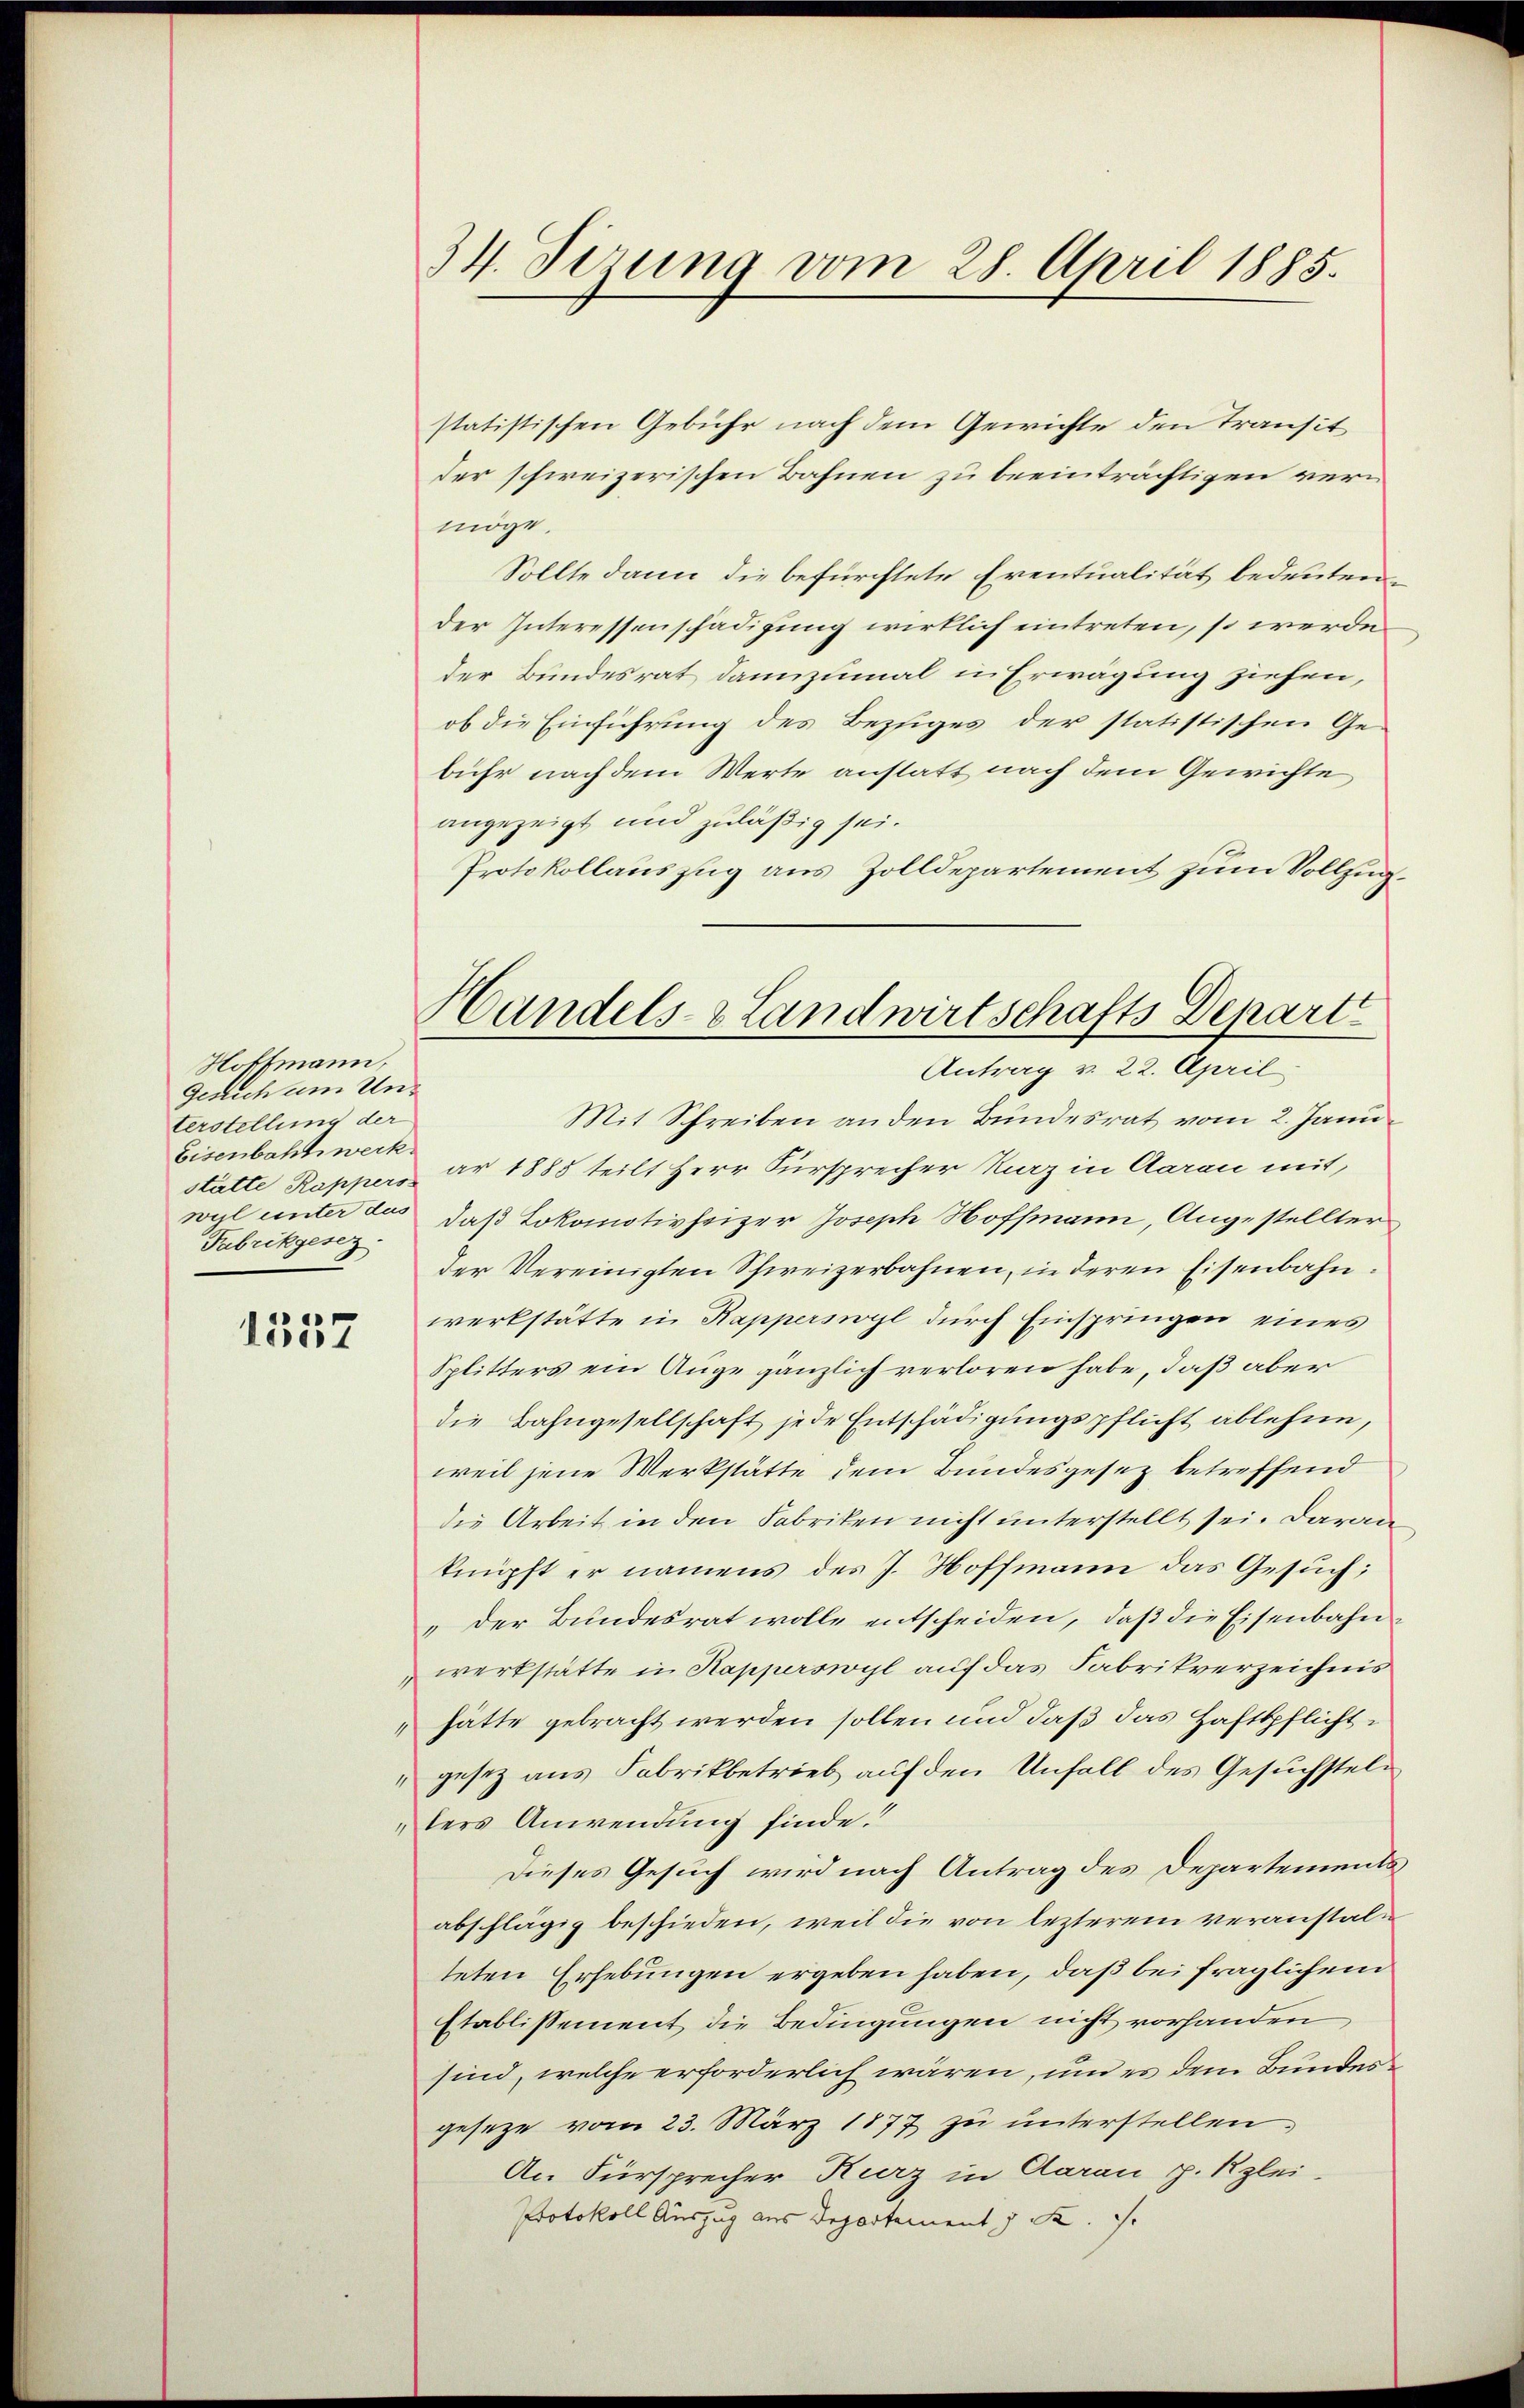
Hoffmann,
Gerich am Unterstellung der
Eisenbahnwerk.
wyl unter das
Fabrikgesez

1357

34. Sizung vom 28. April 1885.

Handels- & Landwirtschafts Depart
Antrag v. 22. April

statistischen Gebühr nach dem Gewichte den Transit
der schweizerischen Bahnen zu beeinträchtigen vern
möge.
Sollte dann die befürchtete Eventualität bedeuten,
der Interessenschädigung wirklich eintreten, so werde
der Bundesrat dannzumal in Erwägung ziehen,
ob die Einführung des Beziges der statistischen Gebühr nach dem Werte anstatt nach dem Gewichte
angezeigt und zuläßig sei.
Protokollauszug aus Zolldepartement zum Vollzug.
Mit Schreiben an den Bundesrat vom 2. Janu
stätte Rappers ar 1885 teilt Herr Fürsprecher Marz in Aarau mit,
daß Lokomotivheizer Joseph Hoffmann, Angestellter
der Vereinigten Schweizerbahnen, in deren Eisenbahn.
werkstätte in Rapperswyl durch Einspringen eines
Splitters ein Auge gänzlich verloren habe, daß aber
die Bahngesellschaft jede Entschädigungspflicht ablehne,
weil jene Werkstätte dem Bundesgesez betreffend
die Arbeit in den Fabriken nicht unterstellt sei. Daran
knüpft er namens des J. Hoffmann das Gesuch:
„der Bundesrat wolle entscheiden, daß die Eisenbahn
werkstätte in Kapperswyl auf das Fabrikverzeichnis
hätte gebracht werden sollen und daß das Haftspflichtgesetz aus Fabrikbetrieb auf den Unfall des Gesuchstellers Anwendung finde.“
Dieses Gesuch wird nach Antrag des Departementsabschlägig beschieden, weil die von lezterem veranstalteten Erhebungen ergeben haben, daß bei fraglichem
Etablissement die Bedingungen nicht vorhanden
sind, welche erforderlich wären, und es dem Bundesgeseze vom 23. März 1877 zu unterstellen,
An Fürsprecher Kurz in Aarau p. Kzlei-
Protokoll Auszug aus Departement J. K. S.